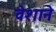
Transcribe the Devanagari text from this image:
वेशाने